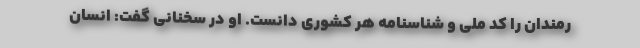
رمندان را کد ملی و شناسنامه هر کشوری دانست. او در سخنانی گفت: انسان